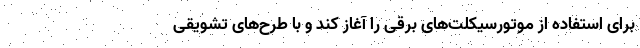
برای استفاده از موتورسیکلت‌های برقی را آغاز کند و با طرح‌های تشویقی